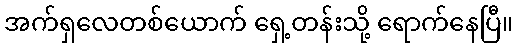
အက်ရှလေတစ်ယောက် ရှေ့တန်းသို့ ရောက်နေပြီ။